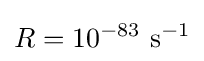
R=10^{-83}\ {\text{s}}^{-1}